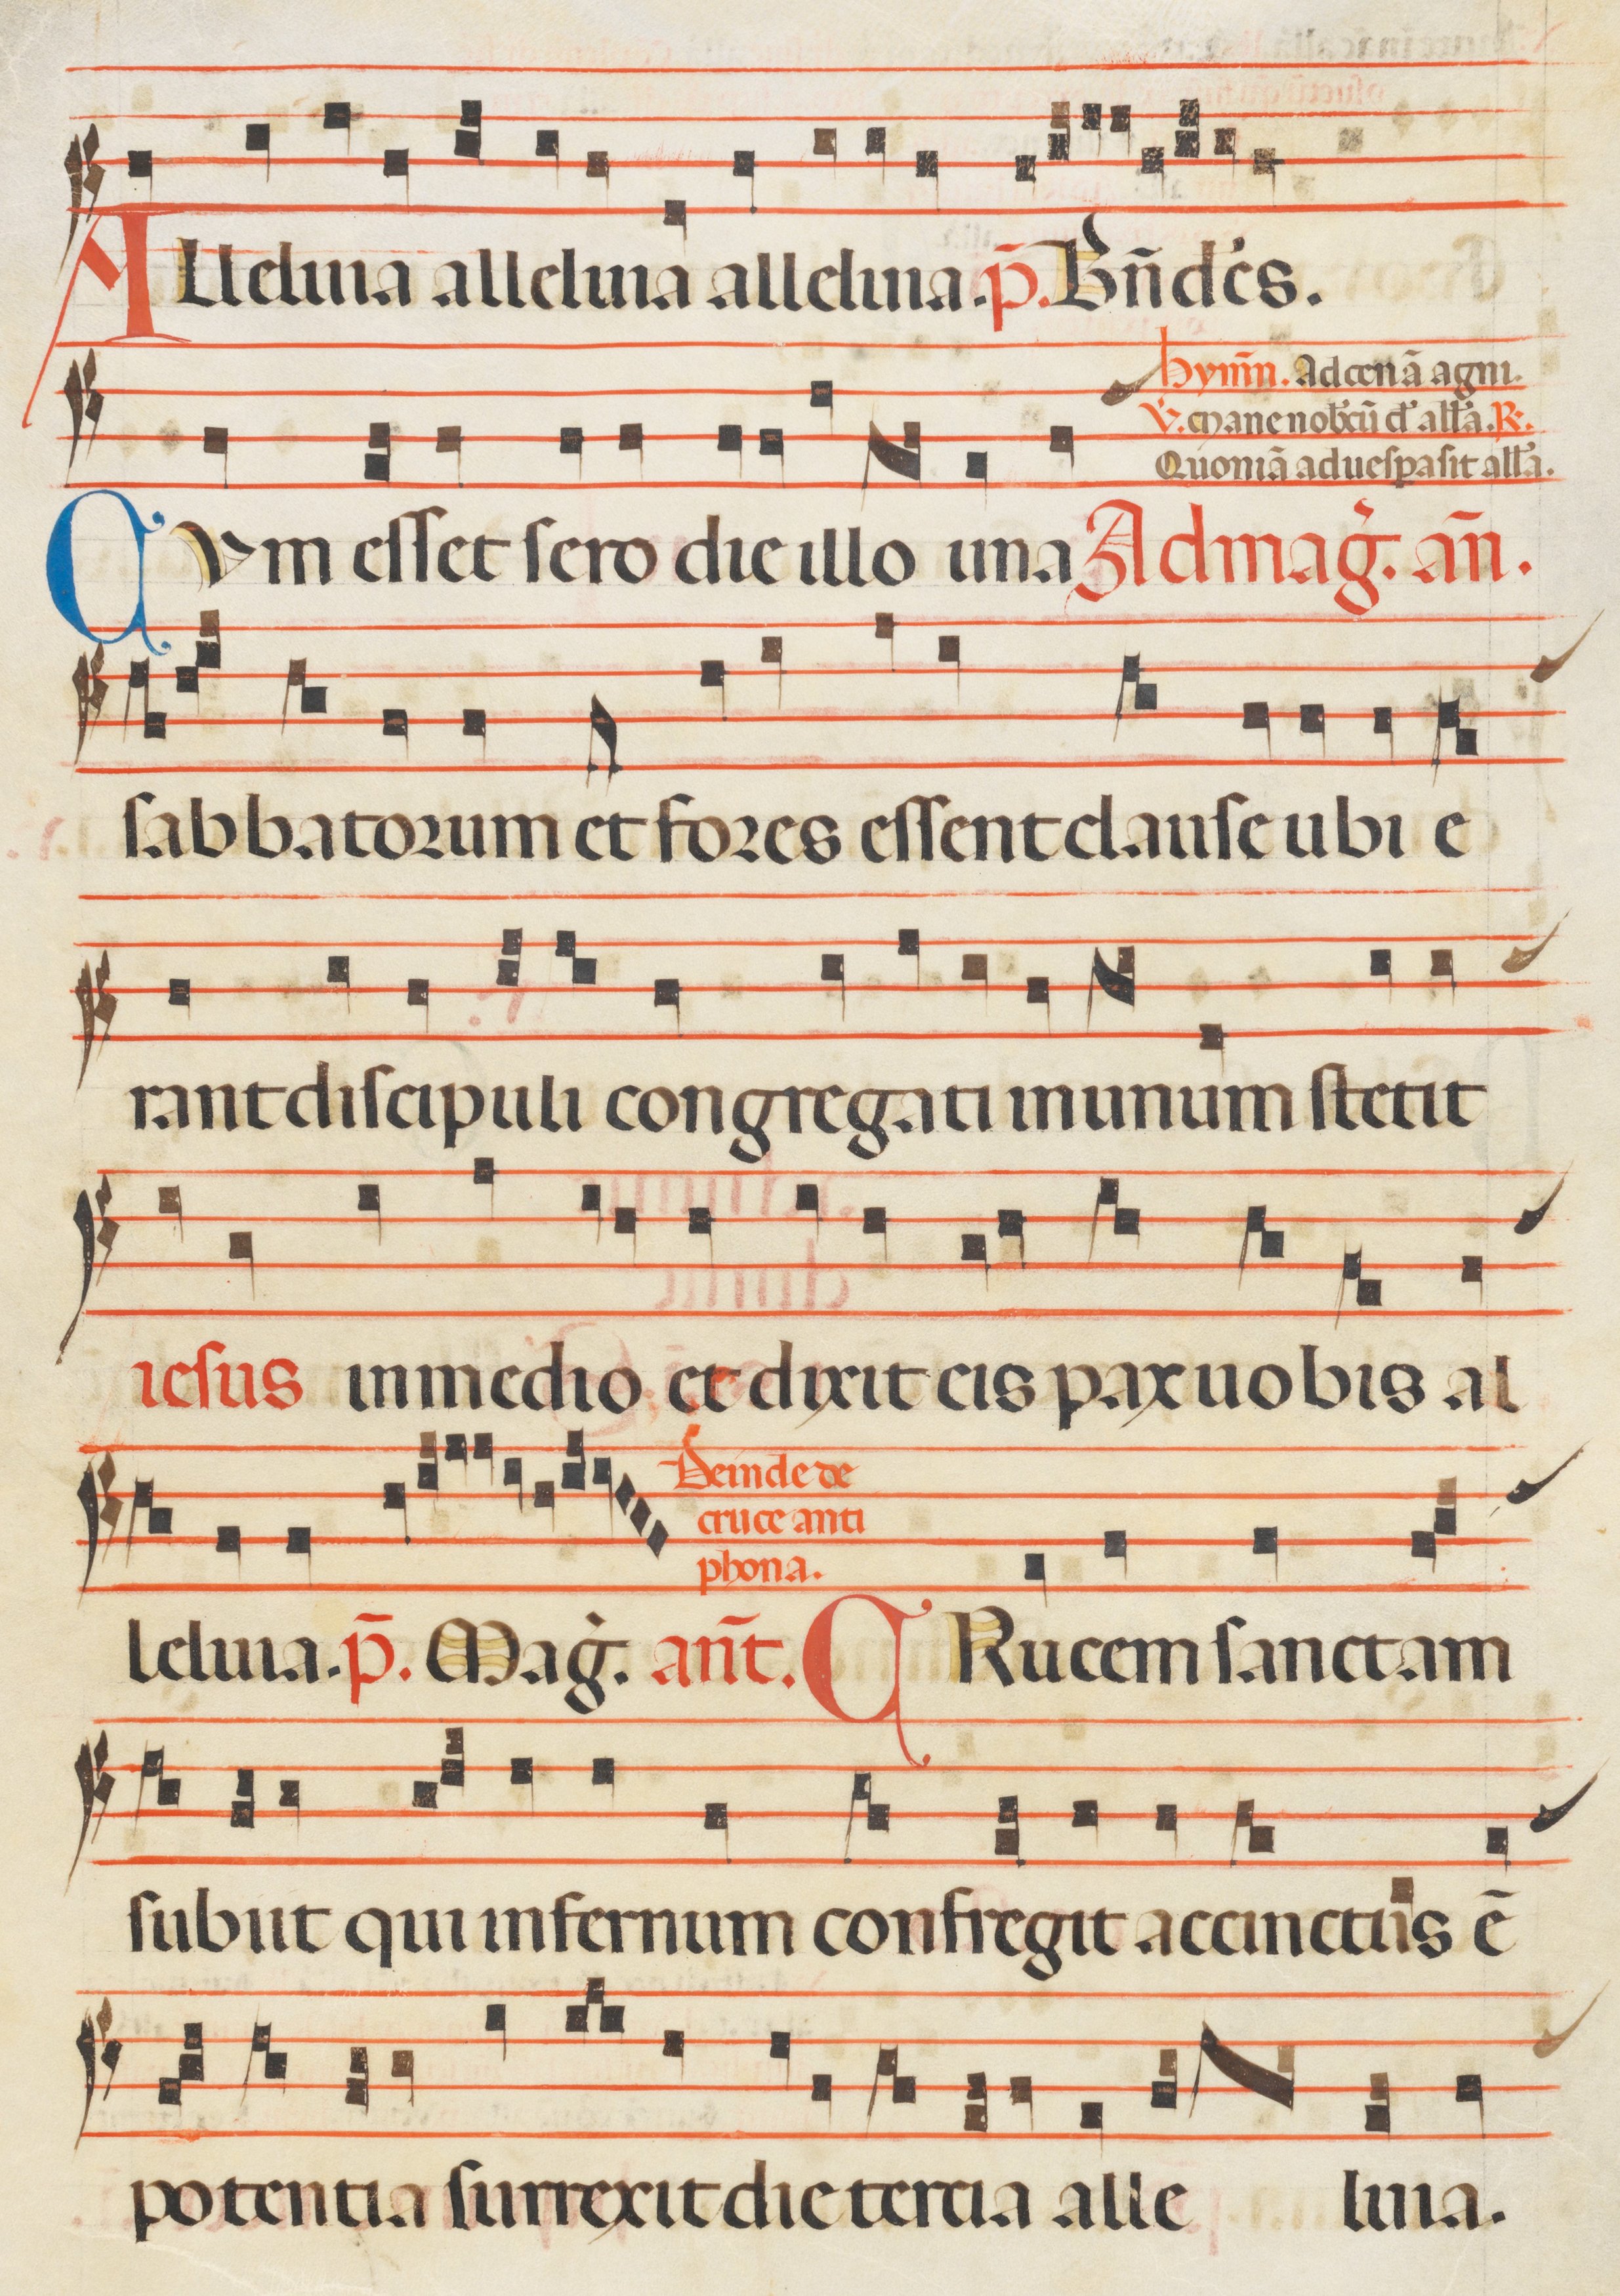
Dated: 1300–1330